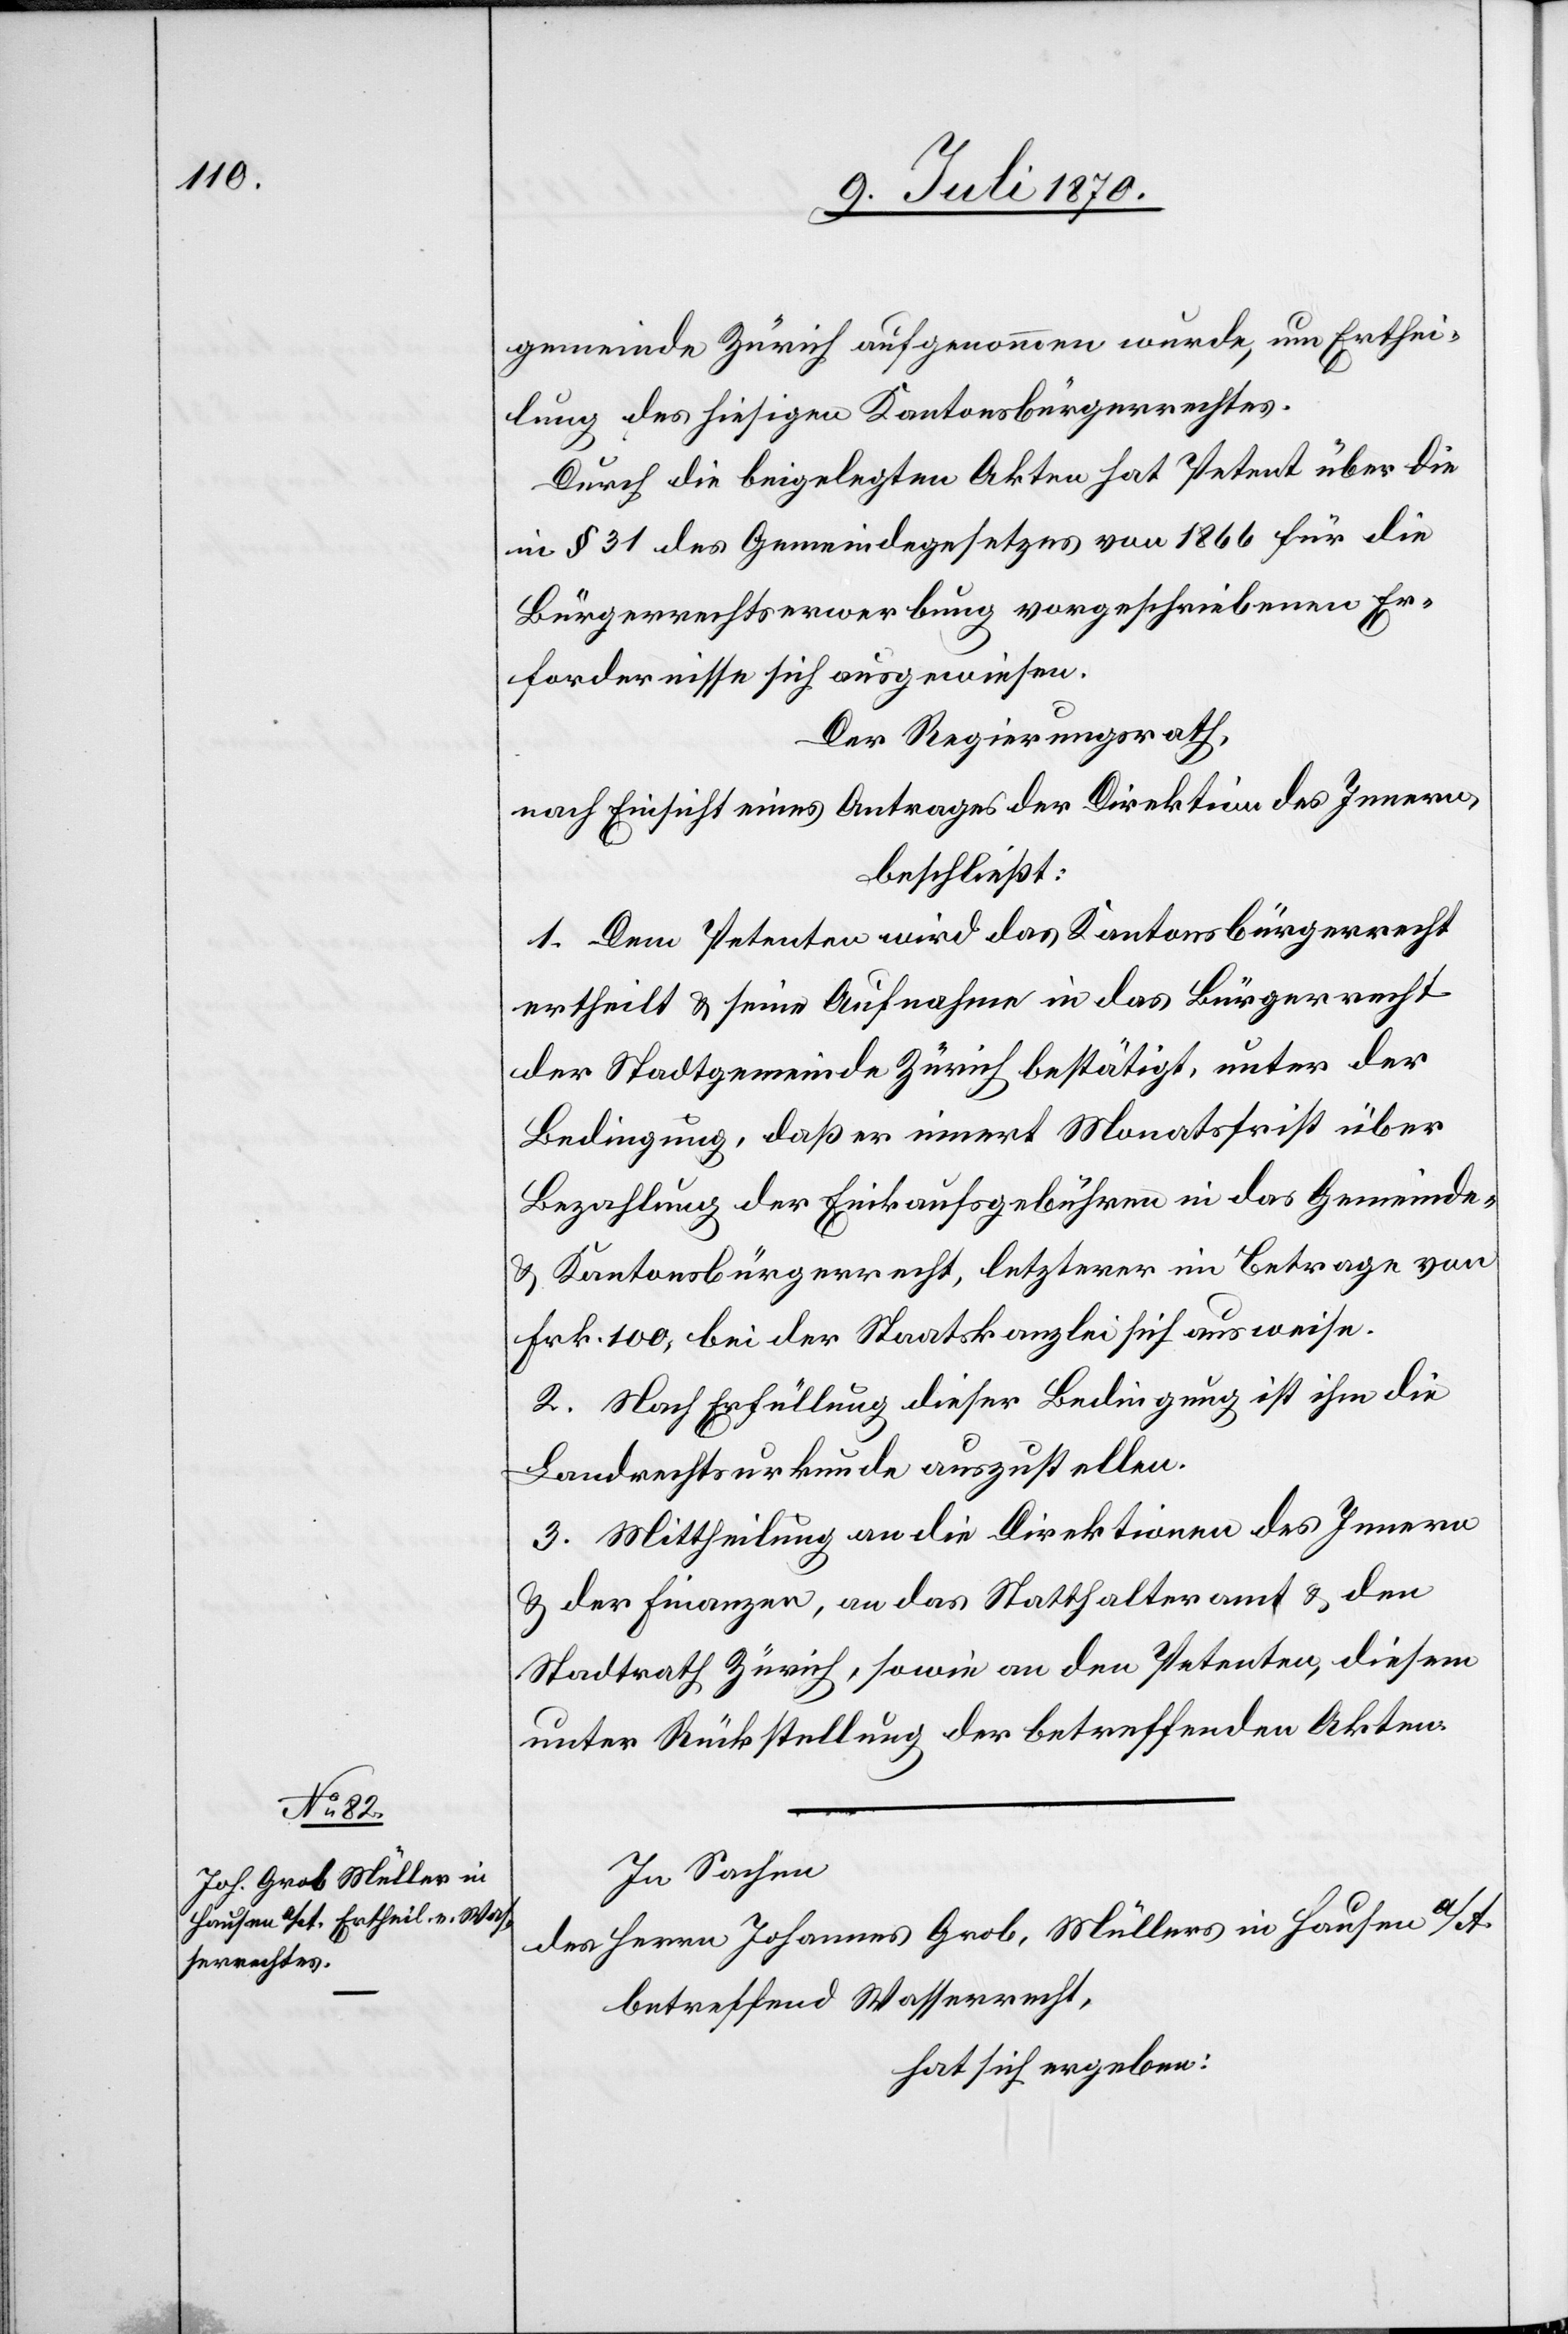
gemeinde Zürich aufgenommen wurde, um Erthei¬
lung des hiesigen Kantonsbürgerrechtes.
Durch die beigelegten Akten hat Petent über die
in § 31 des Gemeindegesetzes von 1866 für die
Bürgerrechtserwerbung vorgeschriebenen Er¬
fordernisse sich ausgewiesen.
Der Regierungsrath,
nach Einsicht eines Antrages der Direktion des Innern,
beschließt:
1. Dem Petenten wird das Kantonsbürgerrecht
ertheilt & seine Aufnahme in das Bürgerrecht
der Stadtgemeinde Zürich bestätigt, unter der
Bedingung, daß er innert Monatsfrist über
Bezahlung der Einkaufsgebühren in das Gemeinde-
& Kantonsbürgerrecht, letzterer im Betrage von
Frk. 100, bei der Staatskanzlei sich ausweise.
2. Nach Erfüllung dieser Bedingung ist ihm die
Landrechtsurkunde auszustellen.
3. Mittheilung an die Direktionen des Innern
& der Finanzen, an das Statthalteramt & den
Stadtrath Zürich, sowie an den Petenten, diesem
unter Rückstellung der betreffenden Akten.
In Sachen
des Herrn Johannes Grob, Müllers in Hausen a/A.
betreffend Wasserrecht,
hat sich ergeben: